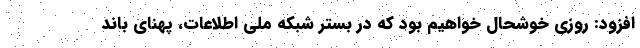
افزود: روزی خوشحال خواهیم بود که در بستر شبکه ملی اطلاعات، پهنای باند